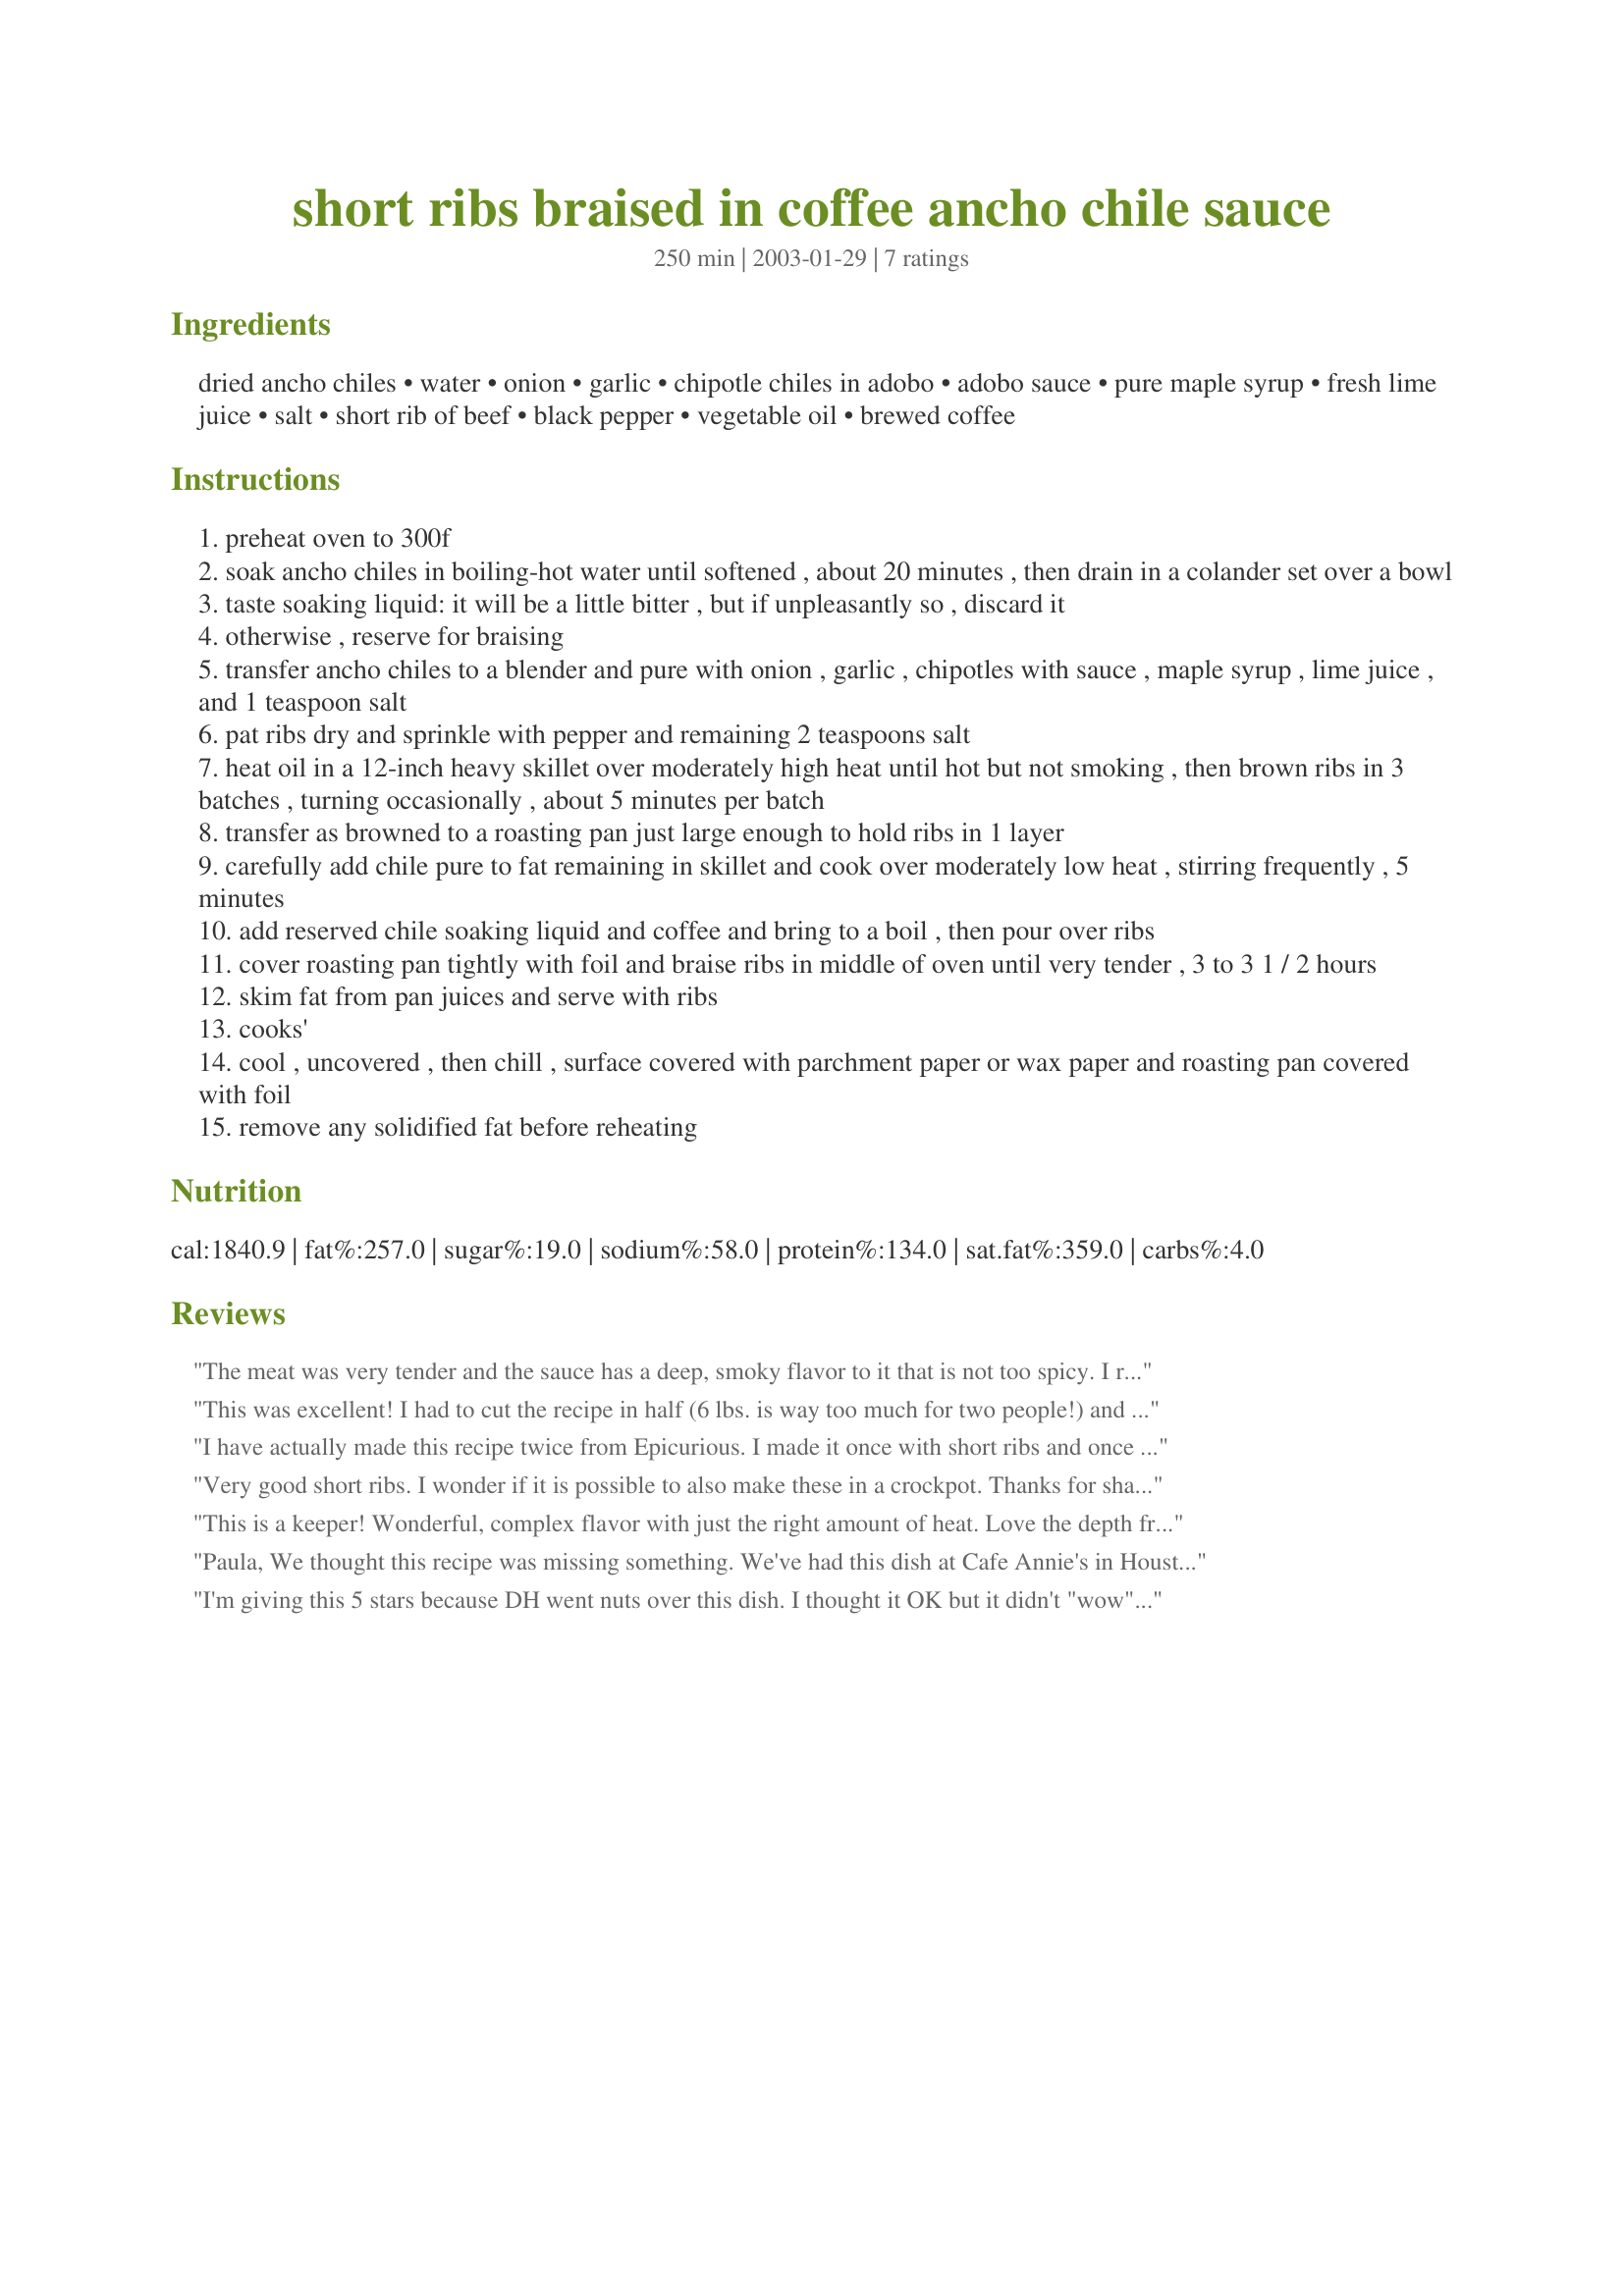
short ribs braised in coffee ancho chile sauce
Preparation time: 250 minutes

Ingredients:
dried ancho chiles, water, onion, garlic, chipotle chiles in adobo, adobo sauce, pure maple syrup, fresh lime juice, salt, short rib of beef, black pepper, vegetable oil, brewed coffee

Steps:
preheat oven to 300f
soak ancho chiles in boiling-hot water until softened , about 20 minutes , then drain in a colander set over a bowl
taste soaking liquid: it will be a little bitter , but if unpleasantly so , discard it
otherwise , reserve for braising
transfer ancho chiles to a blender and pure with onion , garlic , chipotles with sauce , maple syrup , lime juice , and 1 teaspoon salt
pat ribs dry and sprinkle with pepper and remaining 2 teaspoons salt
heat oil in a 12-inch heavy skillet over moderately high heat until hot but not smoking , then brown ribs in 3 batches , turning occasionally , about 5 minutes per batch
transfer as browned to a roasting pan just large enough to hold ribs in 1 layer
carefully add chile pure to fat remaining in skillet and cook over moderately low heat , stirring frequently , 5 minutes
add reserved chile soaking liquid and coffee and bring to a boil , then pour over ribs
cover roasting pan tightly with foil and braise ribs in middle of oven until very tender , 3 to 3 1 / 2 hours
skim fat from pan juices and serve with ribs
cooks'
cool , uncovered , then chill , surface covered with parchment paper or wax paper and roasting pan covered with foil
remove any solidified fat before reheating

Reviews:
The meat was very tender and the sauce has a deep, smoky flavor to it that is not too spicy. I really enjoyed these.
This was excellent! I had to cut the recipe in half (6 lbs. is way too much for two people!) and messed up with my maple syrup quantity in the process, but it turned out fine. I used boneless beef ribs, and the sauce evaporated just enough to create a thick coating for the ribs. The flavor is rich and complex, and the meat is fork tender. This one's a keeper - thanks Paula!
I have actually made this recipe twice from Epicurious. I made it once with short ribs and once with flanken ribs. I like the flanken better! It only took 1 1/2 hours at 325 degrees. The meat was so tender and flavorful, not too spicy! The next time I'll add extra chipotle!
Very good short ribs. I wonder if it is possible to also make these in a crockpot. Thanks for sharing.
This is a keeper! Wonderful, complex flavor with just the right amount of heat. Love the depth from the coffee. Short ribs were outrageously expensive at my grocer, so I used a chuck roast instead. Served with tortillas, cilantro-lime rice, and sliced avocados.
Paula, We thought this recipe was missing something. We've had this dish at Cafe Annie's in Houston where the Chef makes it with Filet, Yum! I also have made Mark Bittman's similar recipe with short ribs. Your recipe is missing something and that could be either beer or wine and a cup or so of a rich stock. Interesting and fun recipe to play around with, thanks for posting.
I'm giving this 5 stars because DH went nuts over this dish. I thought it OK but it didn't "wow" me. I substituted a 14 ounce can of beef broth for the "ancho chili soaking water" (at the price of beef ribs I wasn't about to take a chance that the water would be bitter). The second time I made this dish I also added some country style boneless ribs which is simply chuck roast cut in 1" wide strips. I brown the ribs very well in order to try and cook out as much fat as possible then drain off all extra fat. I also like to refrigerate the whole pot and then skim off as much congealed fat as possible. The way DH likes this I'm sure it will be a regular in our house.
